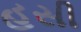
હસી